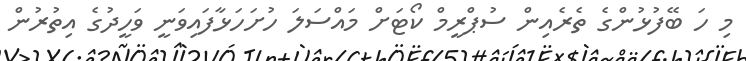
މި ހަ ބޭފުޅުންގެ ތެރެއިން ސުޕްރީމް ކޯޓަށް މައްސަަލަ ހުށަހަޅާފައިވަނީ ވަހީދުގެ އިތުރުން